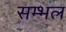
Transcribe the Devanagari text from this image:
सम्‍भल